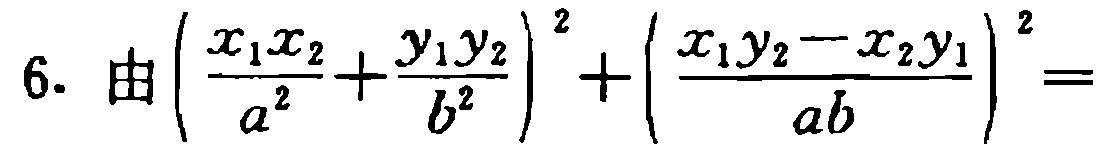
由\((\frac{x_{1}x_{2}}{a^{2}}+\frac{y_{1}y_{2}}{b^{2}})^2+(\frac{x_{1}y_{2}-x_{2}y_{1}}{ab})^2=\)